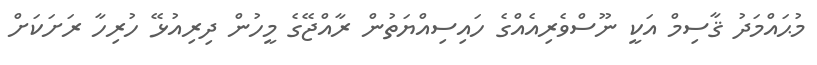
މުޙައްމަދު ޤާސިމް އަކީ ނޫސްވެރިއެއްގެ ހައިސިއްޔަތުން ރާއްޖޭގެ މީހުން ދިރިއުޅޭ ހުރިހާ ރަށަކަށް